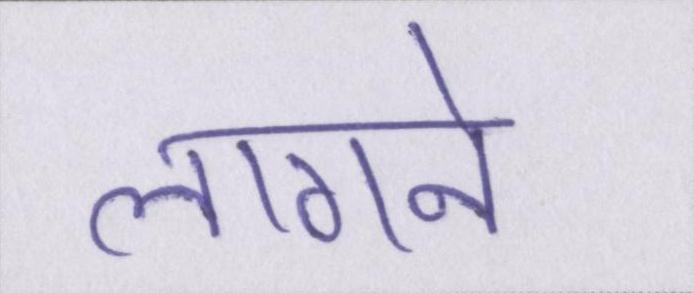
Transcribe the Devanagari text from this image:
लागने